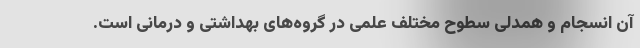
آن انسجام و همدلی سطوح مختلف علمی در گروه‌های بهداشتی و درمانی است.